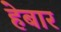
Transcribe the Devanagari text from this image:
हेबार